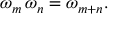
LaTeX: \omega _ { m } \, \omega _ { n } = \omega _ { m + n } .